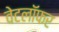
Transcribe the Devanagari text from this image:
वेटलॉफर